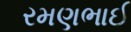
રમણભાઈ